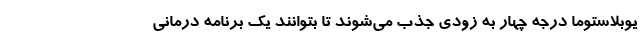
یوبلاستوما درجه چهار به زودی جذب می‌شوند تا بتوانند یک برنامه درمانی